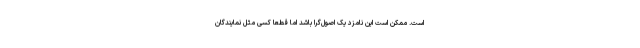
است. ممکن است این نامزد یک اصول‌گرا باشد اما قطعا کسی مثل نمایندگان